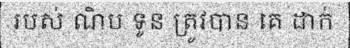
របស់ ណិប ទូន ត្រូវបាន គេ ដាក់